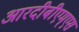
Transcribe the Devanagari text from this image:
आरदीबीएम्एस